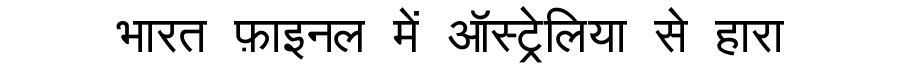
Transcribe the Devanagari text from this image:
भारत फ़ाइनल में ऑस्ट्रेलिया से हारा